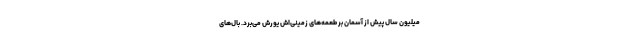
میلیون سال پیش از آسمان بر طعمه‌های زمینی‌اش یورش می‌برد. بال‌های